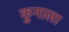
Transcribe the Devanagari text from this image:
कुनाला